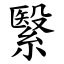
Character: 繄